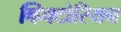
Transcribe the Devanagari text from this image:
व्हिक्टोरियन